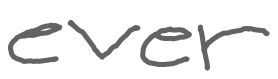
Text: ever
Cross-out: clean
Writing tool: digital_gray